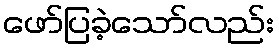
ဖော်ပြခဲ့သော်လည်း